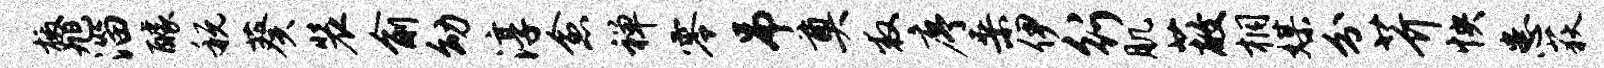
檄旭淄醵税葵装俞幼淳愈禅零吊奠救序桑伊行肌蔽桐媒分芥怏患荻